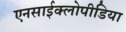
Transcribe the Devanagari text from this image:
एनसाईक्लोपीडिया